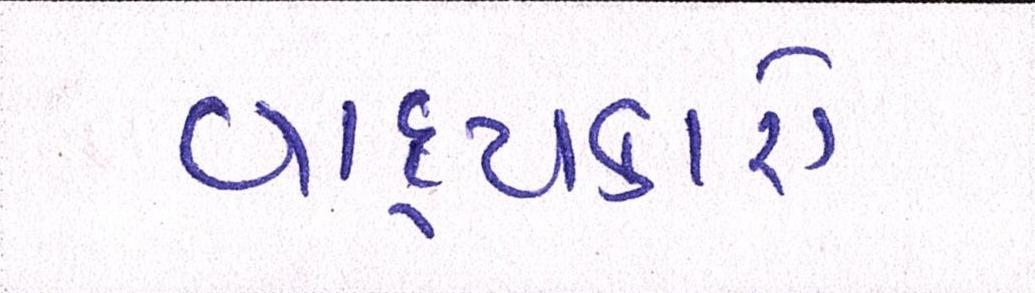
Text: વાદ્યકારો